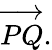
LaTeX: {\overrightarrow{PQ}}.